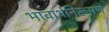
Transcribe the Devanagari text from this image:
भावार्थनिरूपण